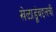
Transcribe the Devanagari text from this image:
खेळाडूंबद्दलची